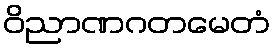
ဝိညာဏဂတမေတံ